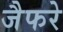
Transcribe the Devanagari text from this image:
जैफरे